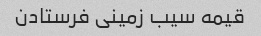
قیمه سیب زمینی فرستادن